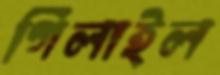
গিলাইল